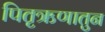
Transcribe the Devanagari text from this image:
पितृऋणातुन